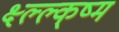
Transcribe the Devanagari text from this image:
क्ष्ल्ल्क्ष्म